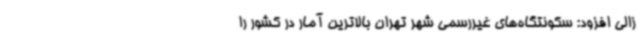
زالی افزود: سکونتگاه‌های غیررسمی شهر تهران بالاترین آمار در کشور را